Indian journal of veterinary science and animal husbandry - Volumes 24-25, 1954-1955
Year: 1954
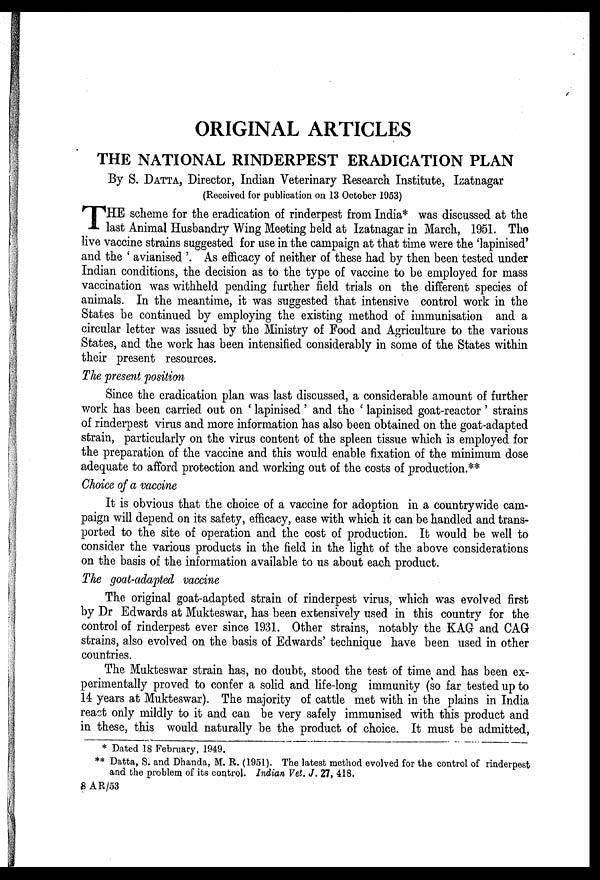
ORIGINAL ARTICLES
THE NATIONAL RINDERPEST ERADICATION PLAN
By S. DATTA, Director, Indian Veterinary Research Institute, Izatnagar
(Received for publication on 13 October 1953)
T HE scheme for the eradication of rinderpest from India* was discussed at the
last Animal Husbandry Wing Meeting held at Izatnagar in March, 1951. The
live vaccine strains suggested for use in the campaign at that time were the 'lapinised'
and the 'avianised'. As efficacy of neither of these had by then been tested under
Indian conditions, the decision as to the type of vaccine to be employed for mass
vaccination was withheld pending further field trials on the different species of
animals. In the meantime, it was suggested that intensive control work in the
States be continued by employing the existing method of immunisation and a
circular letter was issued by the Ministry of Food and Agriculture to the various
States, and the work has been intensified considerably in some of the States within
their present resources.
The present position
Since the eradication plan was last discussed, a considerable amount of further
work has been carried out on 'lapinised' and the 'lapinised goat-reactor' strains
of rinderpest virus and more information has also been obtained on the goat-adapted
strain, particularly on the virus content of the spleen tissue which is employed for
the preparation of the vaccine and this would enable fixation of the minimum dose
adequate to afford protection and working out of the costs of production.**
Choice of a vaccine
It is obvious that the choice of a vaccine for adoption in a countrywide cam-
paign will depend on its safety, efficacy, ease with which it can be handled and trans-
ported to the site of operation and the cost of production. It would be well to
consider the various products in the field in the light of the above considerations
on the basis of the information available to us about each product.
The goat-adapted vaccine
The original goat-adapted strain of rinderpest virus, which was evolved first
by Dr Edwards at Mukteswar, has been extensively used in this country for the
control of rinderpest ever since 1931. Other strains, notably the KAG and CAG
strains, also evolved on the basis of Edwards' technique have been used in other
countries.
The Mukteswar strain has, no doubt, stood the test of time and has been ex-
perimentally proved to confer a solid and life-long immunity (so far tested up to
14 years at Mukteswar). The majority of cattle met with in the plains in India
react only mildly to it and can be very safely immunised with this product and
in these, this would naturally be the product of choice. It must be admitted,
* Dated 18 February, 1949.
** Datta, S. and Dhanda, M. R. (1951). The latest method evolved for the control of rinderpest
and the problem of its control. Indian Vet. J. 27, 418.
8 AR/53